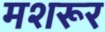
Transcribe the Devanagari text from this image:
मशरूर